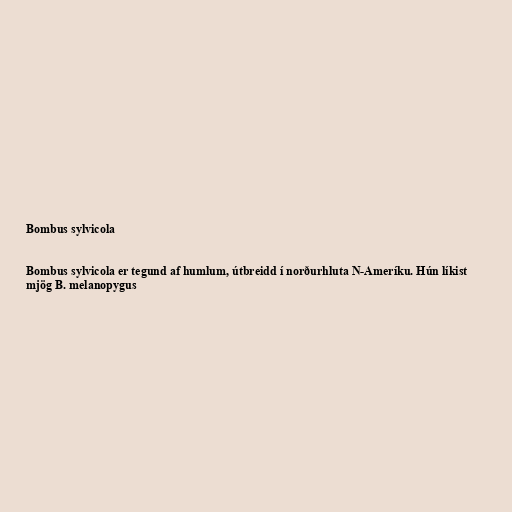
Bombus sylvicola

Bombus sylvicola er tegund af humlum, útbreidd í norðurhluta N-Ameríku. Hún líkist
mjög B. melanopygus